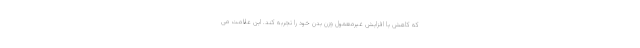
که کاهش یا افزایش غیرمعمول وزن بدن خود را تجربه کند. این علامت می